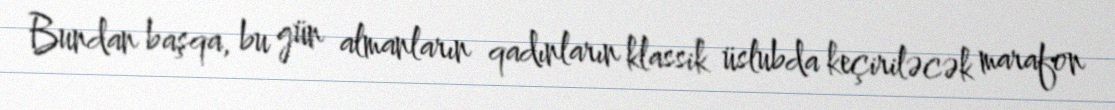
Bundan başqa, bu gün almanların qadınların klassik üslubda keçiriləcək marafon